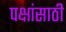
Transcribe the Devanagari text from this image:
पक्षांसाठी